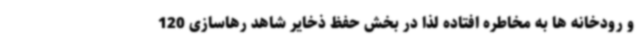
و رودخانه ها به مخاطره افتاده لذا در بخش حفظ ذخایر شاهد رهاسازی 120